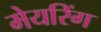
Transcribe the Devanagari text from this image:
मेयरिंग